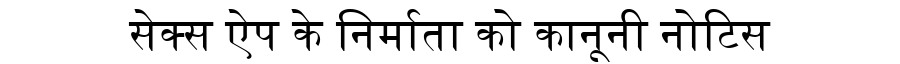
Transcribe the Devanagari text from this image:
सेक्स ऐप के निर्माता को कानूनी नोटिस